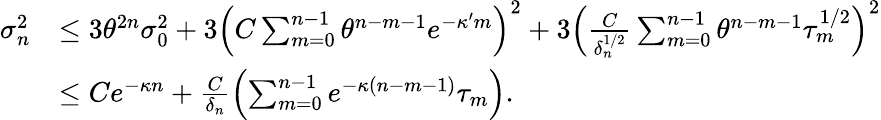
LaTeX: \begin{array}{rl}{\sigma_{n}^{2}}&{\leq 3\theta^{2n}\sigma_{0}^{2}+3\left(C\sum_{m=0}^{n-1}\theta^{n-m-1}e^{-\kappa^{\prime}m}\right)^{2}+3\left(\frac{C}{\delta_{n}^{1/2}}\sum_{m=0}^{n-1}\theta^{n-m-1}\tau_{m}^{1/2}\right)^{2}}\\ &{\leq Ce^{-\kappa n}+\frac{C}{\delta_{n}}\left(\sum_{m=0}^{n-1}e^{-\kappa(n-m-1)}\tau_{m}\right).}\end{array}